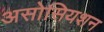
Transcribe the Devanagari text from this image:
असोसियशन